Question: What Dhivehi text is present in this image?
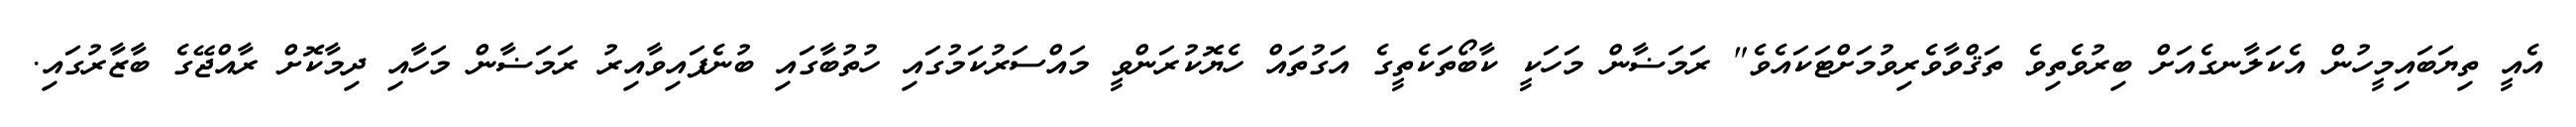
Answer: އެއީ ތިޔަބައިމީހުން އެކަލާނގެއަށް ބިރުވެތިވެ ތަޤްވާވެރިވުމަށްޓަކައެވެ" ރަމަޟާން މަހަކީ ކާބޯތަކެތީގެ އަގުތައް ހެޔޮކުރަންވީ މައްސަރުކަމުގައި ހުތުބާގައި ބުނެފައިވާއިރު ރަމަޟާން މަހާއި ދިމާކޮށް ރާއްޖޭގެ ބާޒާރުގައި.